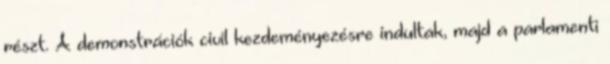
részt. A demonstrációk civil kezdeményezésre indultak, majd a parlamenti